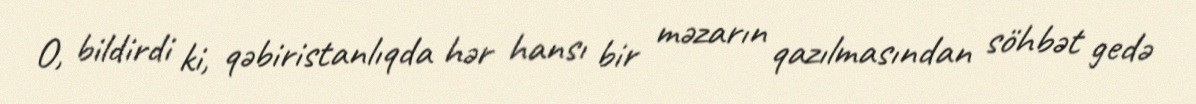
O, bildirdi ki, qəbiristanlıqda hər hansı bir məzarın qazılmasından söhbət gedə